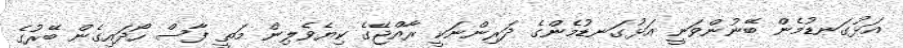
އަޅުގަނޑުމެން ބޭނުންވަނީ އަޅުގަނޑުމެންގެ ދަރިންނަކީ ރާއްޖޭގެ ކިޔެވެލިން މަތީ ފާސް ހޯދައިގެން ބޭރުގެ